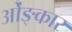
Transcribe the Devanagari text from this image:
ओंङ्कार